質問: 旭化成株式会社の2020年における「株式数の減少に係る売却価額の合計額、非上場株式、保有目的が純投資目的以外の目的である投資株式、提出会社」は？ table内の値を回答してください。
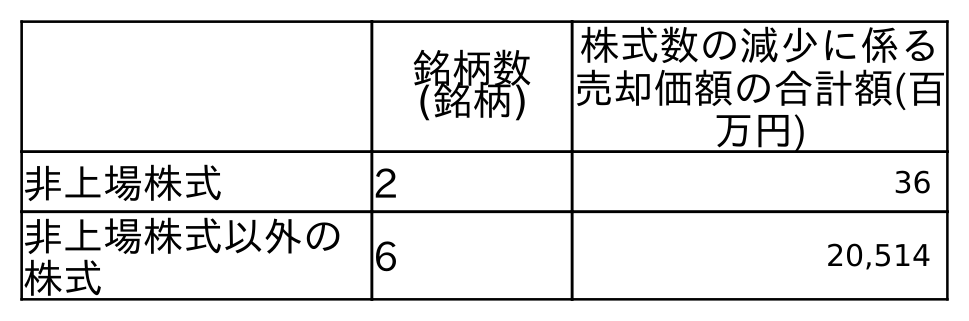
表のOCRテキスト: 銘柄数 (銘柄) 株式数の減少に係る 売却価額の合計額(百 万円) 非上場株式 2 36 非上場株式以外の 株式 6 20,514
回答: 36